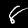
Label: 8